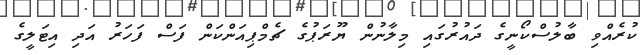
ކުރެއްވި ބާލުސްކޯނީގެ ދައުރުގައި މިލާނުން ޔޫރަޕުގެ ޗެމްޕިއަންކަން ފަސް ފަހަރު އަދި އިޓަލީގެ